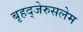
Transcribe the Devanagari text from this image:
बृहद्‌जेरुसलेम